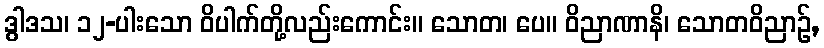
ဒွါဒသ၊ ၁၂-ပါးသော ဝိပါက်တို့လည်းကောင်း။ သောတ၊ ပေ။ ဝိညာဏာနိ၊ သောတဝိညာဉ်,